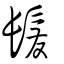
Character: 髮